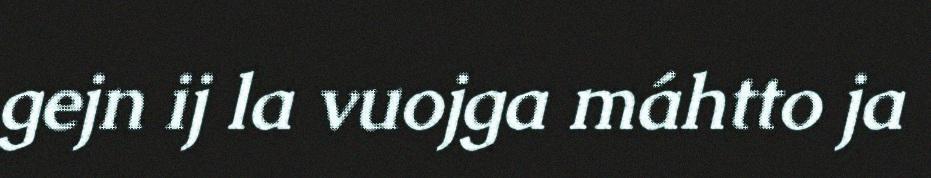
gejn ij la vuojga máhtto ja